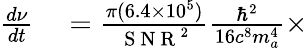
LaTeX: \begin{array}{rl}{\frac{d\nu}{dt}}&{{}=\frac{\pi(6.4\times 10^{5})}{\mathrm{~S~N~R~}^{2}}\frac{\hbar^{2}}{16c^{8}m_{a}^{4}}\times}\end{array}